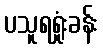
ပသူရရှုံးခန်း